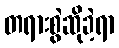
တရားစွဲဆိုခဲ့ရာ